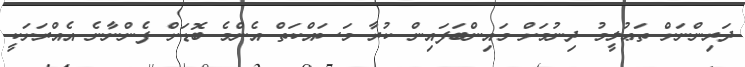
ދަރިންނަށް ތަޢުލީމު ދިނުމަށް މައިންބަފައިން ކުރާ މަސައްކަތް އެންމެ ބޮޑަށް ފެންނާނެ އެއްރަށަކީ